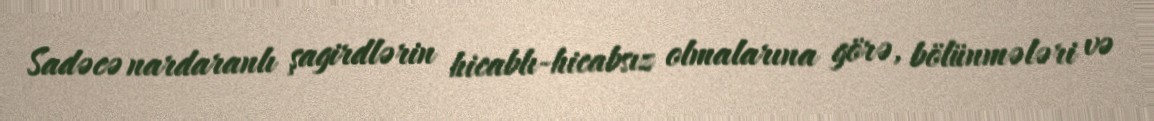
Sadəcə nardaranlı şagirdlərin hicablı-hicabsız olmalarına görə, bölünmələri və